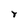
Character: r